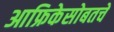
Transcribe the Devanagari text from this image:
आफ्रिकेसोबतचे